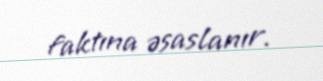
faktına əsaslanır.